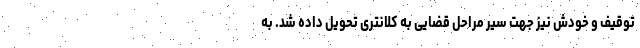
توقیف و خودش نیز جهت سیر مراحل قضایی به کلانتری تحویل داده شد. به